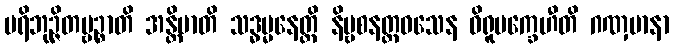
ပရိဘုဉ္ဇိတဗ္ဗဉ္စာတိ အန္တိမာတိ သဒ္ဓမ္မနေတ္တိ နိဗ္ဗစနတ္ထဝသေန ဝိရူပက္ခေဟီတိ ဂဏှမာနာ